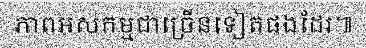
ភាពអសកម្មជាច្រើនទៀតផងដែរ៕